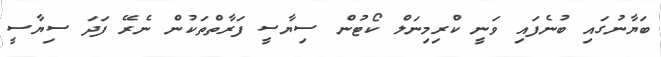
ބަޔާނުގައި ބުނެފައި ވަނީ ކްރިމިނަލް ކޯޓުން ސިޔާސީ ފަރާތްތަކުން ނެރޭ ފަދަ ސިޔާސީ